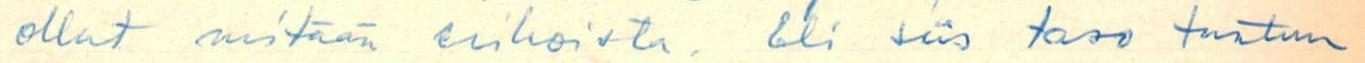
ollut mitään erikoista. Eli siis taso tuntuu